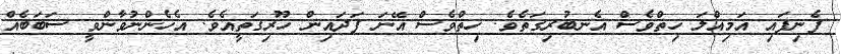
ފެނިފައި އަމިއްލަ ހިތްވެސް އެނބުރިގަތެވެ. ހިތްވެސް އޭނަ ފަދައިން ހޫރިގަތީއެވެ. އެހެންނުވާންވީ ސަބަބެއް